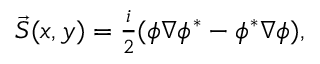
\begin{array} { r l } { \vec { S } ( x , y ) = \frac { i } { 2 } ( \phi \nabla \phi ^ { \ast } - \phi ^ { \ast } \nabla \phi ) , } & { } \end{array}